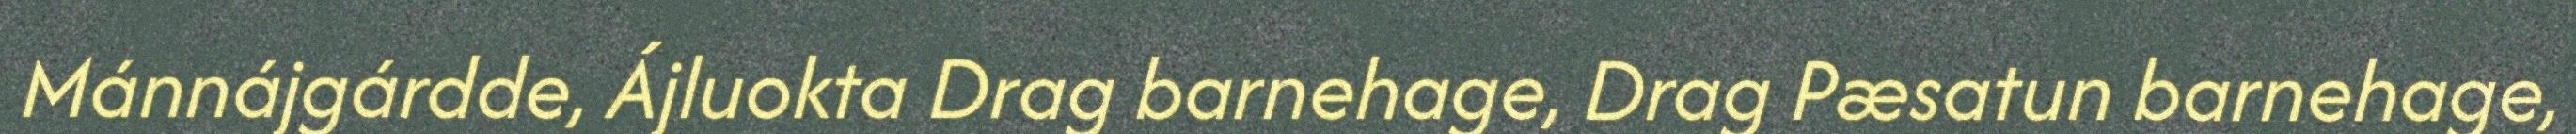
Mánnájgárdde, Ájluokta Drag barnehage, Drag Pæsatun barnehage,